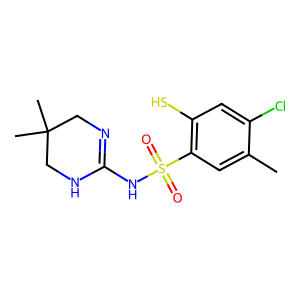
SMILES: Cc1cc(S(=O)(=O)NC2=NCC(C)(C)CN2)c(S)cc1Cl
Inhibits HIV replication: No